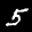
Label: 5